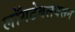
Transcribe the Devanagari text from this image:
लॉगटेबलवरून